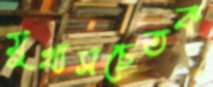
মুখ্যসচেতক